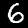
Label: 6